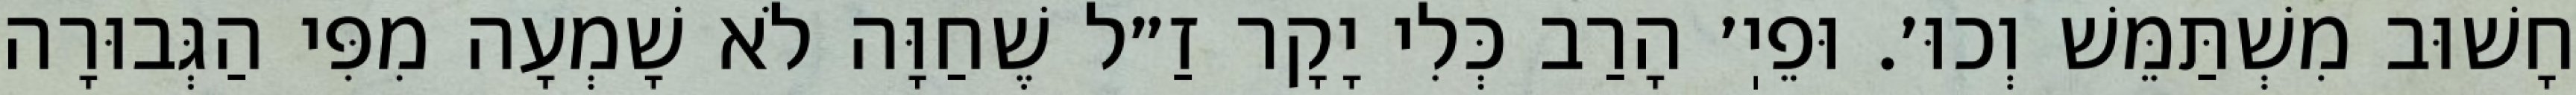
חָשׁוּב מִשְׁתַּמֵּשׁ וְכוּ׳. וּפֵיֽ׳ הָרַב כְּלִי יָקָר זַ״ל שֶׁחַוָּה לֹא שָׁמְעָה מִפִּי הַגְּבוּרָה